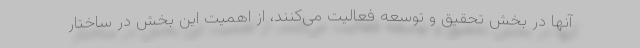
آنها در بخش تحقیق و توسعه فعالیت می‌کنند، از اهمیت این بخش در ساختار